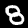
Label: 8